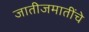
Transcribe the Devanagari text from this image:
जातीजमातींचे